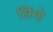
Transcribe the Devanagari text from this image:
सिंगो